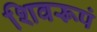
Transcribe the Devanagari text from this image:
शिवरूपं